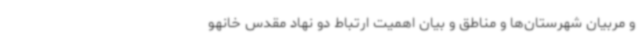
و مربیان شهرستان‌ها و مناطق و بیان اهمیت ارتباط دو نهاد مقدس خانهو